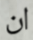
ان